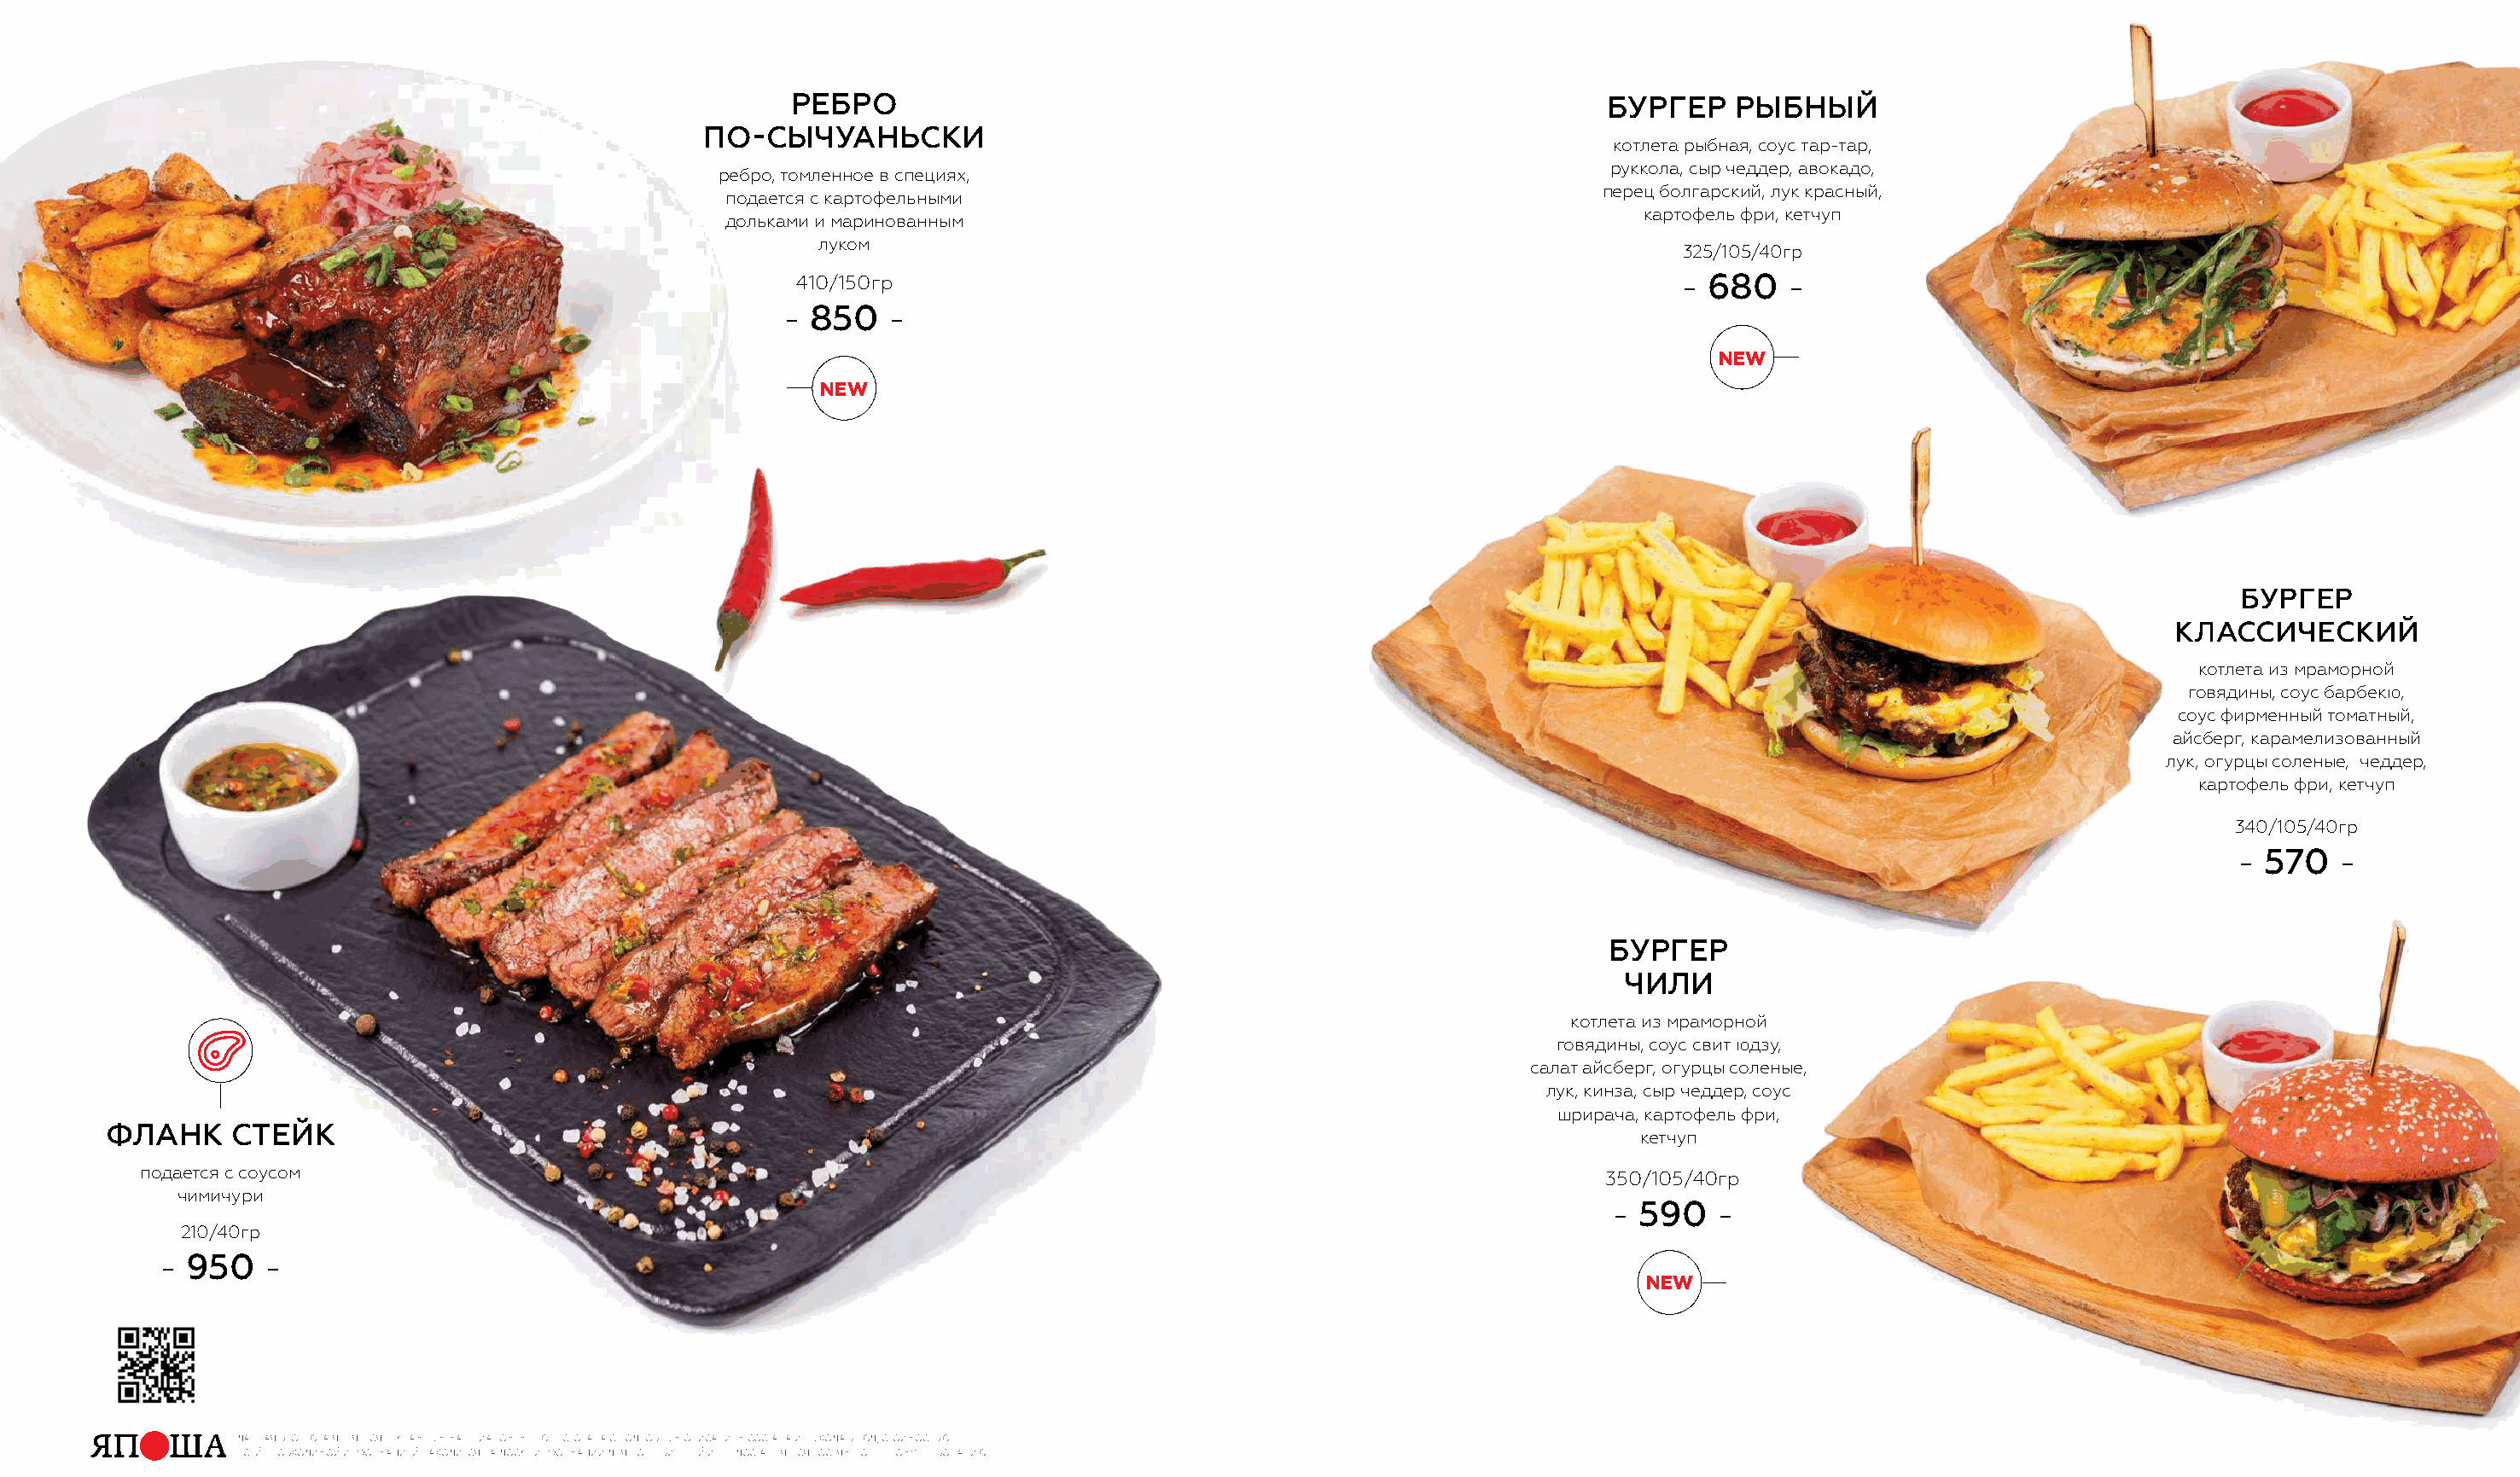
РЕБРО                                                           БУРгЕР    РЫБнЫЙ
 ПО-СЫЧУАнЬСкИ
 котлета рыбная, соус тар-тар,
 руккола, сыр чеддер, авокадо,
 ребро, томленное в специях,
 перец болгарский, лук красный,
 подается с картофельными
 картофель фри, кетчуп
 дольками и маринованным
 луком
 325/105/40гр
 410/150гр                                                           - 680    -
 - 850   -
 new
 new
 БУРгЕР
 кЛАССИЧЕСкИЙ
 котлета из мраморной
 говядины, соус барбекю,
 соус фирменный томатный,
 айсберг, карамелизованный
 лук, огурцы соленые, чеддер,
 картофель фри, кетчуп
 340/105/40гр
 - 570  -
 БУРгЕР
 ЧИЛИ
 котлета из мраморной
 говядины, соус свит юдзу,
 салат айсберг, огурцы соленые,
 лук, кинза, сыр чеддер, соус
 шрирача, картофель фри,
 ФЛАнк     СТЕЙк
 кетчуп
 подается с соусом                                                                                                 350/105/40гр
 чимичури
 - 590   -
 210/40гр
 - 950    -
 new
 Данная брошюра является рекламным материалом. меню ресторана с поДробным описанием состава и выхоДа блюД, стоимостью
 всей необхоДимой информацией нахоДится на Доске информации Для потребителей и преДоставляется гостям по первому требованию